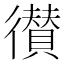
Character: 𢖑